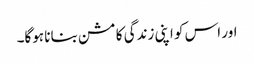
اور اس کو اپنی زندگی کا مشن بنانا ہوگا۔